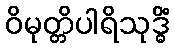
ဝိမုတ္တိပါရိသုဒ္ဓိံ